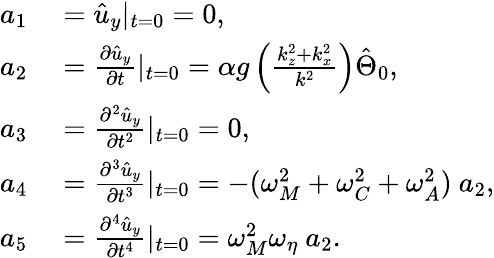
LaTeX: \begin{array}{rl}{a_{1}}&{{}=\hat{u}_{y}|_{t=0}=0,}\\ {a_{2}}&{{}=\frac{\partial{\hat{u}_{y}}}{\partial{t}}|_{t=0}=\alpha g\left(\frac{k_{z}^{2}+k_{x}^{2}}{k^{2}}\right)\hat{\Theta}_{0},}\\ {a_{3}}&{{}=\frac{\partial^{2}\hat{u}_{y}}{\partial{t^{2}}}|_{t=0}=0,}\\ {a_{4}}&{{}=\frac{\partial^{3}{\hat{u}_{y}}}{\partial{t^{3}}}|_{t=0}=-(\omega_{M}^{2}+\omega_{C}^{2}+\omega_{A}^{2})~a_{2},}\\ {a_{5}}&{{}=\frac{\partial^{4}{\hat{u}_{y}}}{\partial{t^{4}}}|_{t=0}=\omega_{M}^{2}\omega_{\eta}~a_{2}.}\end{array}